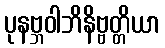
ပုနဗ္ဘဝါဘိနိဗ္ဗတ္တိယာ